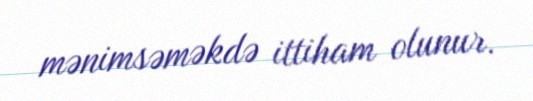
mənimsəməkdə ittiham olunur.